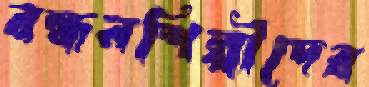
রন্ধনশিল্পীদের